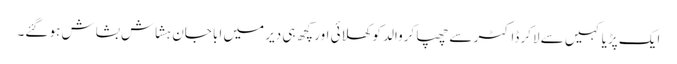
ایک پڑیا کہیں سے لاکر ڈاکٹر سے چھپا کروالد کو کھلائی اور کچھ ہی دیر میں ابا جان ہشاش بشاش ہو گئے۔